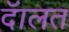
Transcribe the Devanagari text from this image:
दॅालत